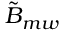
\tilde { B } _ { m w }